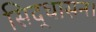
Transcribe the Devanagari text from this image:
सिद्धासन।